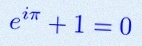
e^{i\pi}+1=0